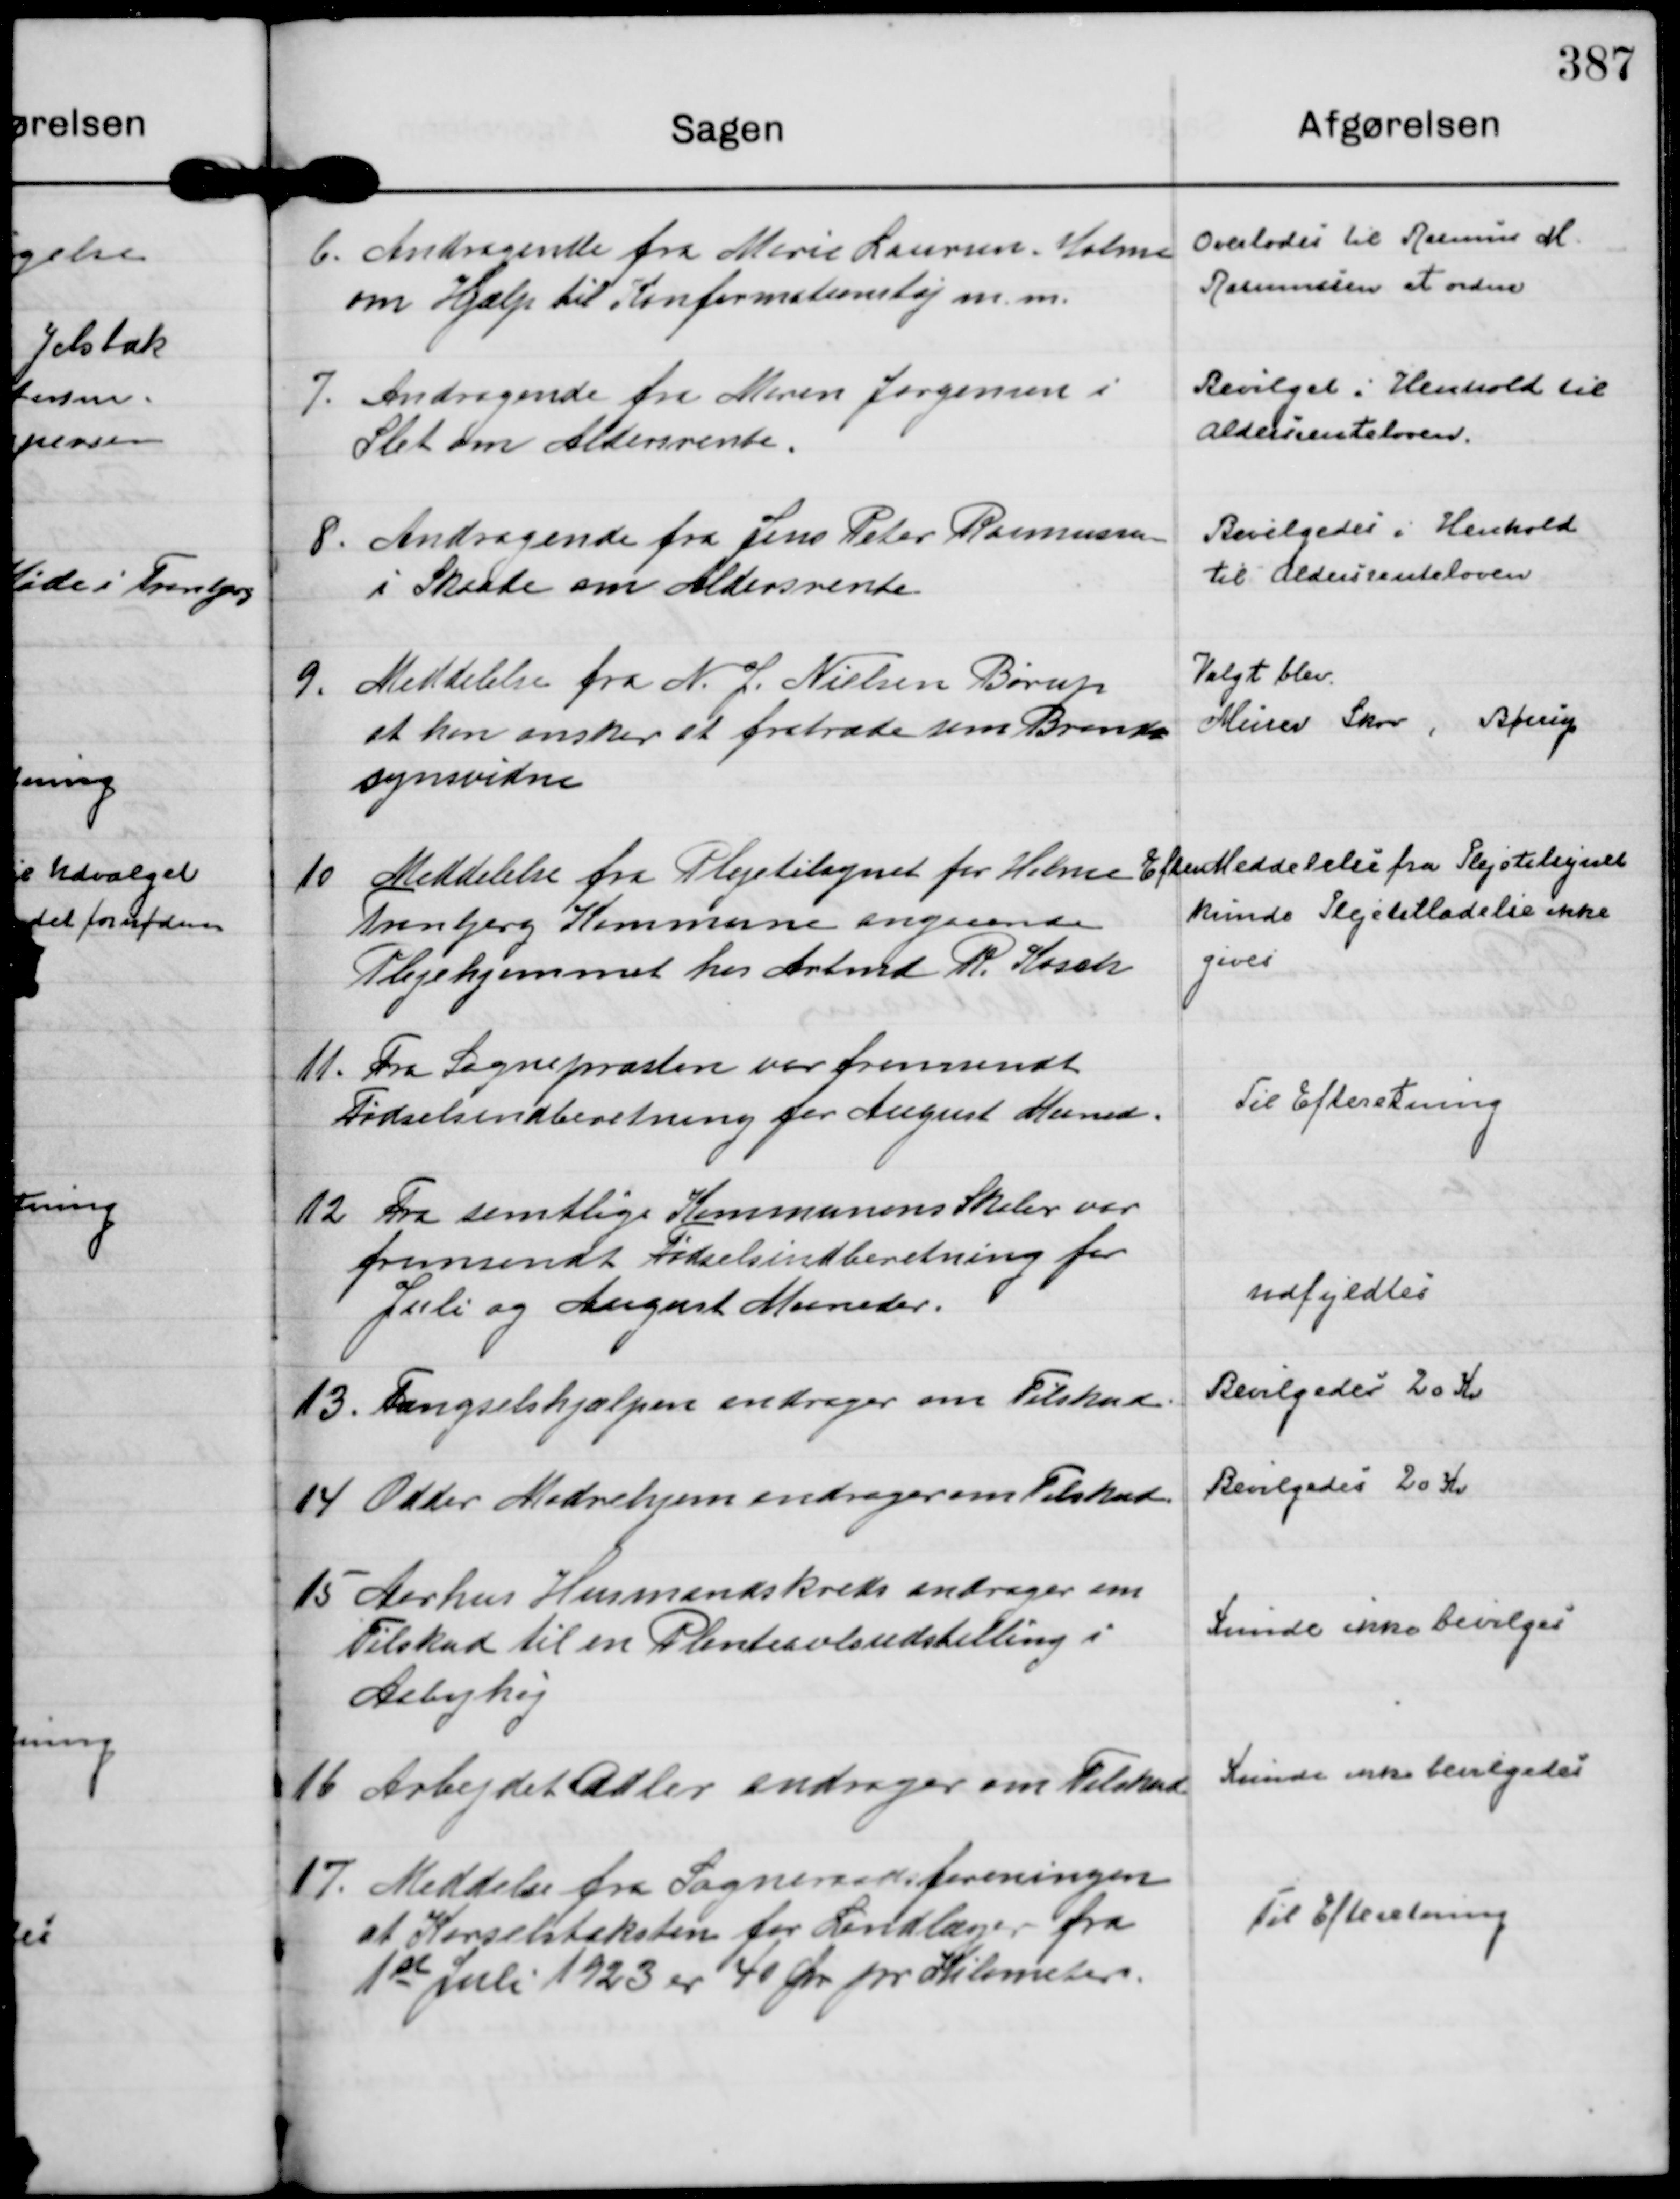
Transskription:
6.
Andragende fra Marie Laursen, Holme
om Hjælp til Konfirmationstøj m. m.

Overlodes til Rasmus M.
Rasmussen at ordne

7.
Andragende fra Maren Jørgensen i
Slet om Aldersrente.

Bevilget i Henhold til
Aldersrenteloven.

8.
Andragende fra Jens Peter Rasmussen
i Skaade om Aldersrente

Bevilgedes i Henhold
til Aldersrenteloven

9.
Meddelelse fra N. J. Nielsen Børup
at han ønsker at fratræde som Brand=
synsvidne

Valgt blev.
Murer Skov, Børup

10
Meddelelse fra Plejetilsynet for Holme
Tranbjerg Kommune angaaende
Plejehjemmet hos Arbmd R. Kosch

Efter Meddelelse fra Plejetilsynet
kunde Plejetilladelse ikke
gives

11.
Fra Sognepræsten var fremsendt
Fødselsindberetning for August Maaned.

Til Efteretning

12
Fra samtlige Kommunens Skoler var
fremsendt Fødselsindberetning for
Juli og August Maaneder.

udfyldtes

13.
Fængselshjælpen andrager om Tilskud.

Bevilgedes 20 Kr

14
Odder Mødrehjem andrager om Tilskud.

Bevilgedes 20 Kr

15
Aarhus Husmandskreds andrager om
Tilskud til en Planteavlsudstilling i 
Aabyhøj

Kunde ikke bevilges

16
Arbejdet Adler andrager om Tilskud

Kunde ikke bevilgedes

17.
Meddelse fra Sogneraadsforeningen
at Kørselstaksten for Landlæger fra
1 st Juli 1923 er 40 Øre pr Kilometer.

Til Efteretning